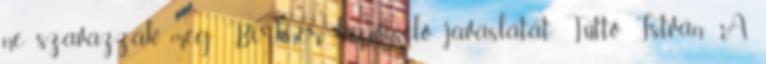
ne szavazzák meg Birkner képviselő javaslatát. Tüttő István: A